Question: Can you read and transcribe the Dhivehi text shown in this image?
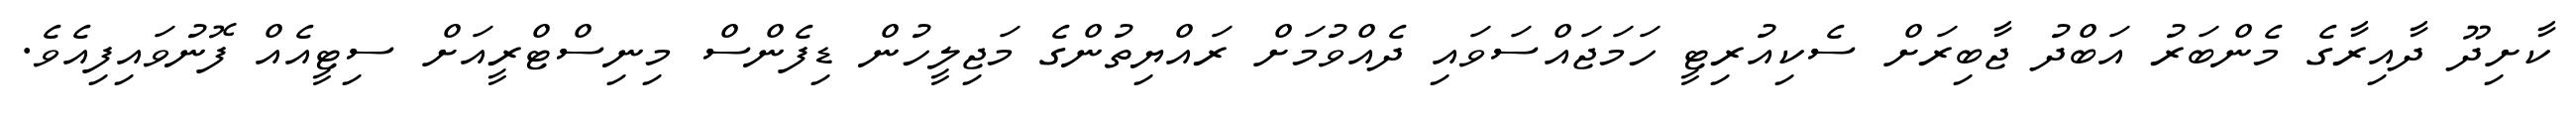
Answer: ކާށިދޫ ދާއިރާގެ މެންބަރު އަބްދު ޖާބިރަށް ސެކިއުރިޓީ ހަމަޖައްސަވައި ދެއްވުމަށް ރައްޔިތުންގެ މަޖިލީހުން ޑިފެންސް މިނިސްޓްރީއަށް ސިޓީއެއް ފޮނުވައިފިއެވެ.